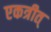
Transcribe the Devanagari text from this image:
एकत्रीत्